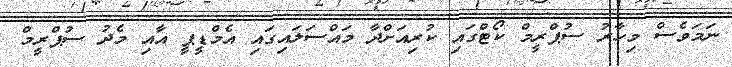
ނަމަވެސް މިހާރު ސުޕްރީމް ކޯޓްގައި ކުރިއަށްދާ މައްސަލައިގައި އެމްޑީޕީ އާއި މެދު ސުޕްރީމް